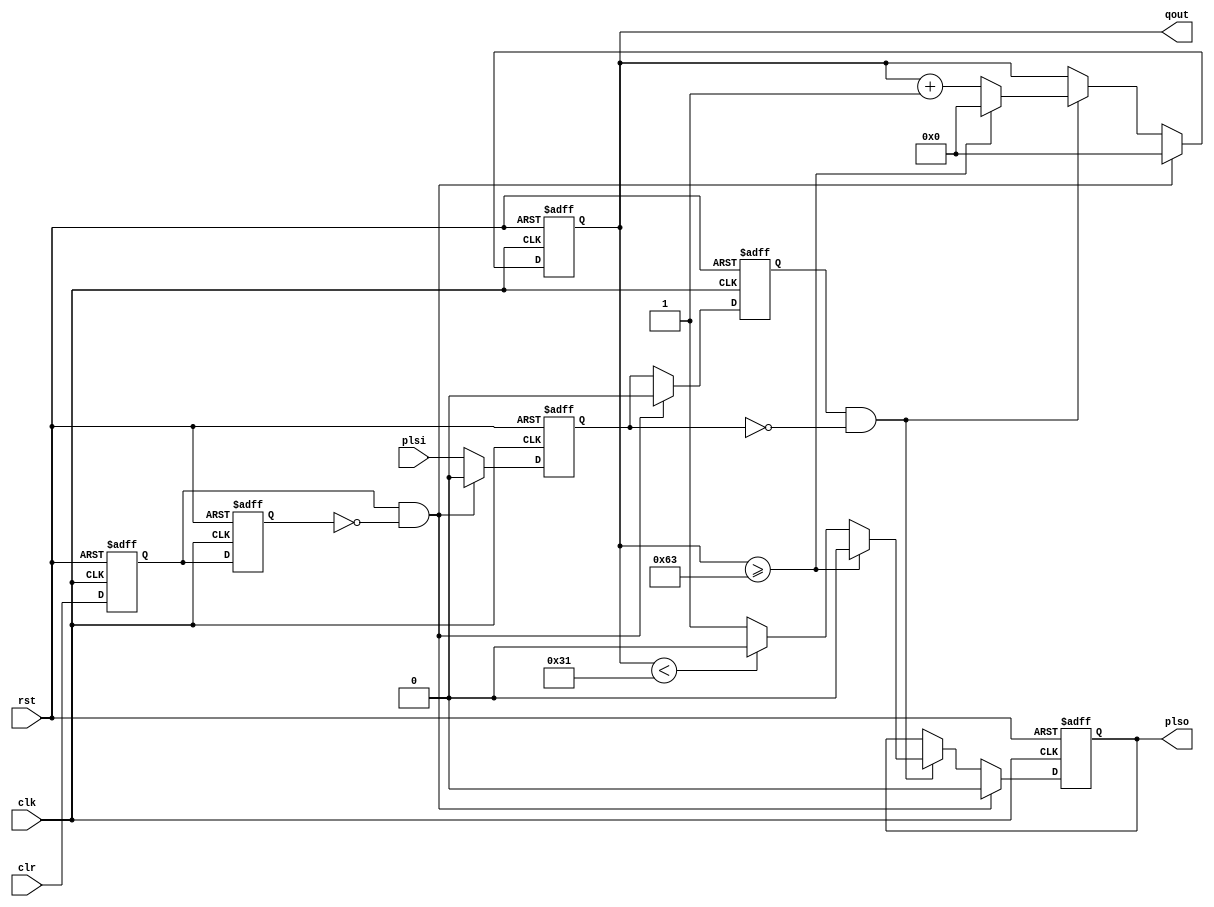
module pls_cnt_100(
    input rst,clk,
    input clr,plsi,
    output reg plso,
    output reg [6:0] qout
    );
    
reg cl0,cl1;
reg pl0,pl1;

always@(negedge rst, posedge clk)
begin
    if (rst == 0)
        begin
            cl0 <= 0;  cl1 <= 0;  pl0 <= 0;   pl1 <= 0;  
            plso <= 0;
            qout <= 0;       
        end
    else 
        begin
            cl0 <= clr;   cl1 <= cl0;
       //     pl0 <= plsi;  pl1 <= pl0;
            if (cl0 & ~cl1)         // Rising Edge of CLR
                begin
                    pl0 <= 0;   pl1 <= 0;
                    qout <= 0;  plso <= 0;
                end
            else 
                begin
                    pl0 <= plsi;  pl1 <= pl0;
                    if (pl1 & ~pl0)    // Falling Edge of PLSI
                        begin
                            if (qout >= 99)
                                begin
                                    qout <= 0;
                                    plso <= 0;
                                end
                            else
                                begin
                                    qout <= qout + 1;
                                    if (qout < 49)
                                        plso <= 0;
                                    else
                                        plso <= 1;
                                end
                        end 
                end
        end
end

endmodule